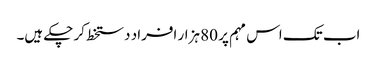
اب تک اس مہم پر 80 ہزار افراد دستخط کر چکے ہیں۔